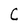
Character: C